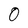
Character: 0